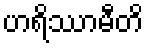
ဟရိဿာမီတိ